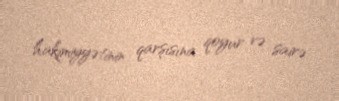
hakimiyyətinin qarşısına qoyur və sairə.